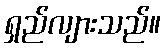
ရှည်လျားသည်။